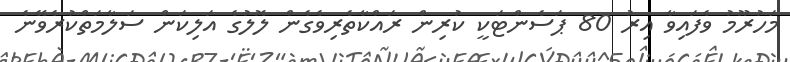
މަހުރޫމު ވެފައިވާ އިރު 80 ޕަސެންޓަކީ ކުރިން ރައްކާތެރިވެގެން ލޮލުގެ އަލިކަން ސަލާމަތްކުރެވޭނެ